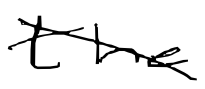
Text: the
Cross-out: diagonal
Writing tool: digital_black